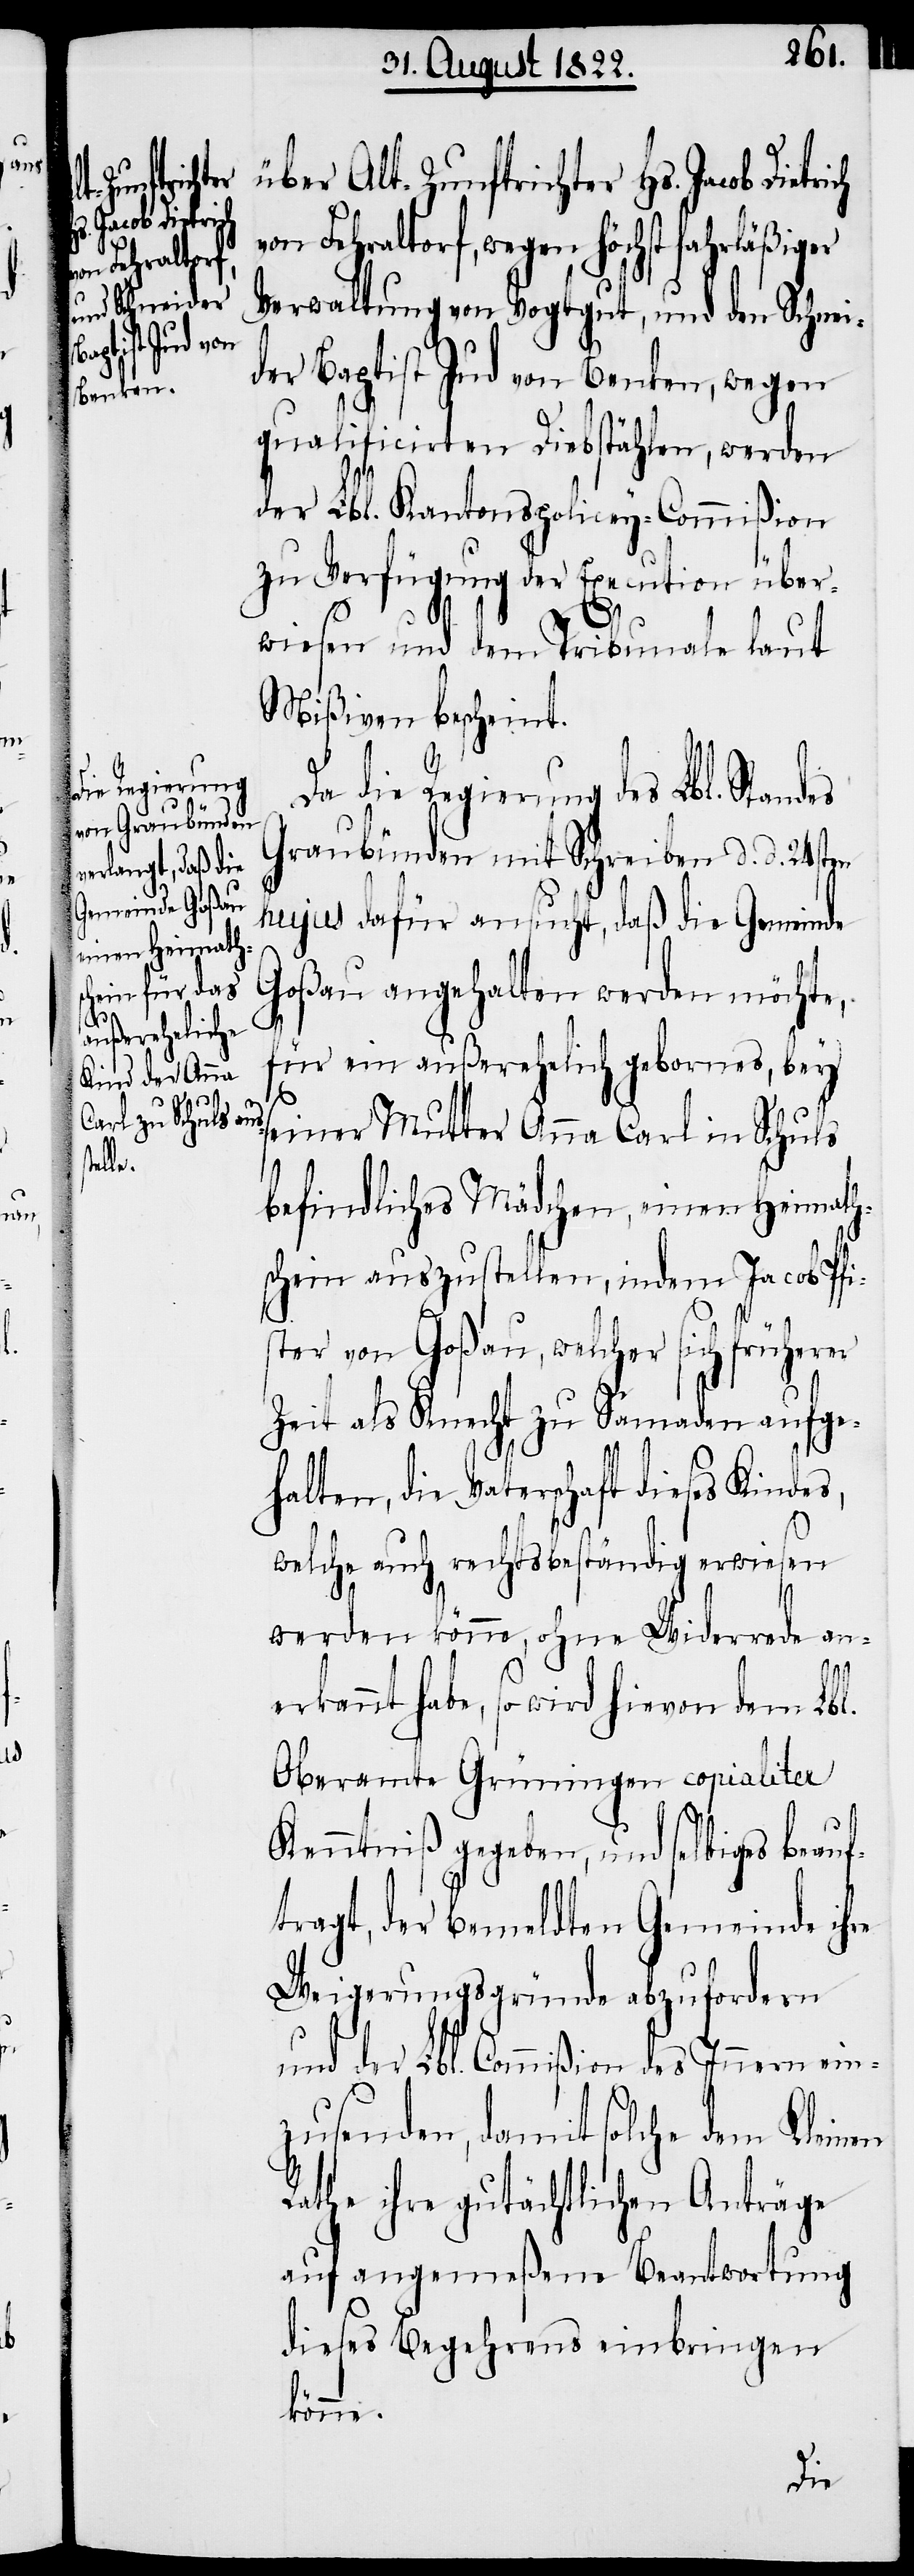
über Alt-Zunftrichter Hs. Jacob Di¬
von Fehraltorf, wegen höchst fahrläßiger
Verwaltungen von Vogtgut, und den Schnei¬
der Baptist Jud von Benken, wegen
qualificirten Diebstählen, werden
der Lbl. Kantonspolicey-Commißion
zu Verfügung der Execution über¬
wiesen und dem Tribunale laut
Mißiven bescheint.
Da die Regierung des Lbl. Sta¬
Graubünden mit Schreiben d. d. 24sten
hujus dafür ansucht, daß die Gemeinde
Goßau angehalten werden möchte,
für ein außerehelich gebornes, bey
seiner Mutter Anna Carl in Schuls
befindliches Mädchen, einen Heimath¬
schein auszustellen, indem Jacob Pfi¬
ster von Goßau, welcher sich früherer
Zeit als Knecht zu Samaden aufge¬
halten, die Vaterschaft dieses Kindes,
welche auch rechtsbeständig erwiesen
werden könne, ohne Widerrede aner¬
kannt habe, so wird hievon dem Lbl.
Oberamte Grüningen copialiter
Kenntniß gegeben, und selbiges beauf¬
tragt, der bemeldten Gemeinde ihre
Weigerungsgründe abzufordern
und der Lbl. Commißion des Innern ein¬
zusenden, damit solche dem Kleinen
Rathe ihre gutächtlichen Anträge
auf angemeßene Beantwortung
dieses Begehrens einbringen
könne.